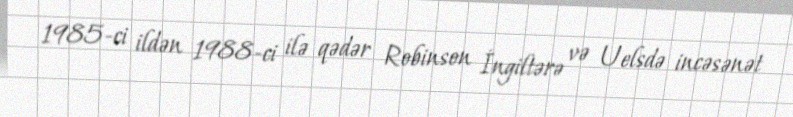
1985-ci ildən 1988-ci ilə qədər Robinson İngiltərə və Uelsdə incəsənət